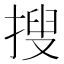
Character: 搜